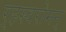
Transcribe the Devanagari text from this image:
र्‍हस्वरोमन्